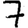
Digit: 7